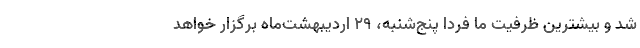
شد و بیشترین ظرفیت ما فردا پنج‌شنبه، ۲۹ اردیبهشت‌ماه برگزار خواهد